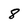
Character: 8